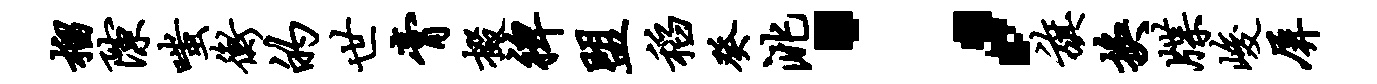
榴隙嗤衡的世膏掇裨盟稻癸洮；旗换牒峻屏